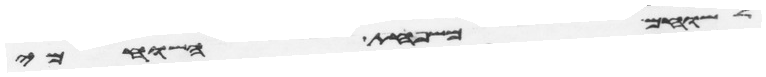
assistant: לשוחם משפחת השוחמי